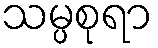
သမ္ပစုရာ